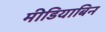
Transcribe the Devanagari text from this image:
मीडियाबिन